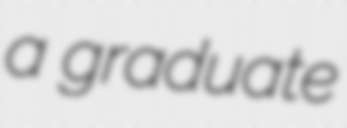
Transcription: a graduate